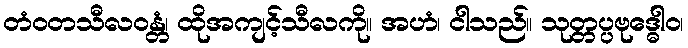
တံဝတသီလဝန္တံ၊ ထိုအကျင့်သီလကို။ အဟံ၊ ငါသည်။ သုတ္တပ္ပဗုဒ္ဓေါဝ၊